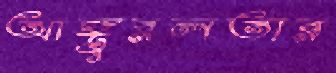
আঙ্গুরলতার